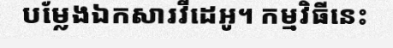
បម្លែងឯកសារវីដេអូ។ កម្មវិធីនេះ